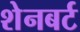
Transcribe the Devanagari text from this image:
शेनबर्ट